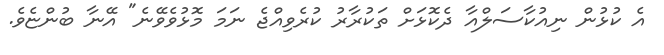
އެ ކުޅުން ނިއުކާސަލްއާ ދެކޮޅަށް ތަކުރާރު ކުރެވިއްޖެ ނަމަ މޮޅުވެވޭނެ" އޭނާ ބުންޏެވެ.